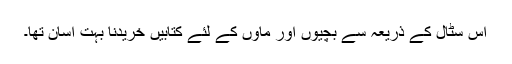
اس سٹال کے ذریعہ سے بچیوں اور ماؤں کے لئے کتابیں خریدنا بہت آسان تھا۔